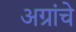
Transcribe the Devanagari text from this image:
अग्रांचे